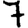
Digit: 7